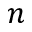
\boldsymbol { n }